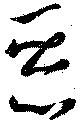
悪